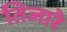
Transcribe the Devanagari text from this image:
तिजारे